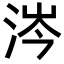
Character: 涔